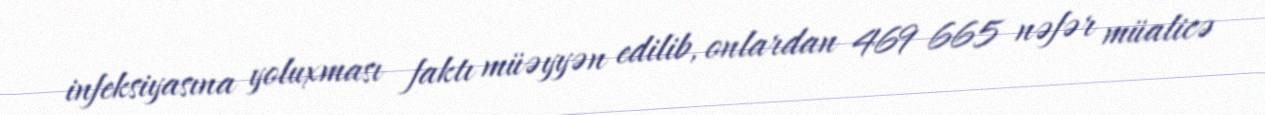
infeksiyasına yoluxması faktı müəyyən edilib, onlardan 469 665 nəfər müalicə